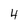
Character: 4